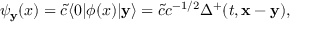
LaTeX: \psi _ { { \bf y } } ( x ) = \tilde { c } \langle 0 | \phi ( x ) | { \bf y } \rangle = \tilde { c } c ^ { - 1 / 2 } \Delta ^ { + } ( t , { \bf x } - { \bf y } ) ,